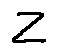
z